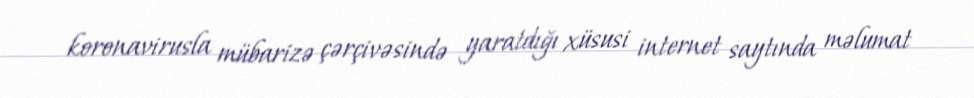
koronavirusla mübarizə çərçivəsində yaratdığı xüsusi internet saytında məlumat